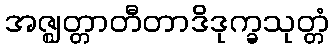
အဇ္ဈတ္တာတီတာဒိဒုက္ခသုတ္တံ